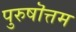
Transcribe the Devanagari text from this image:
पुरुषॊत्तम